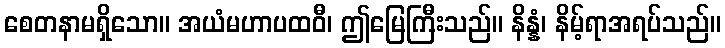
စေတနာမရှိသော။ အယံမဟာပထဝီ၊ ဤမြေကြီးသည်။ နိန္နံ၊ နိမ့်ရာအရပ်သည်။